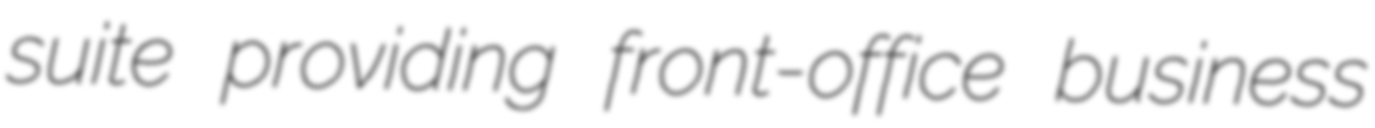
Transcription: suite providing front-office business